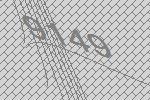
9149